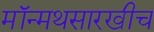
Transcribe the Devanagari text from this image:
मॉन्मथसारखीच